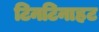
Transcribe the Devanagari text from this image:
टिनटिनाहट